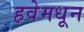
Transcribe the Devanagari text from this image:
हवेमधून